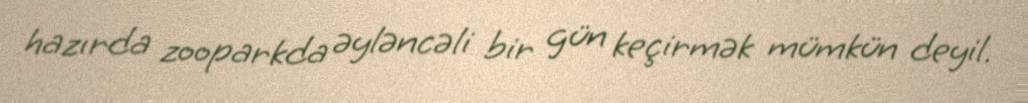
hazırda zooparkda əyləncəli bir gün keçirmək mümkün deyil.